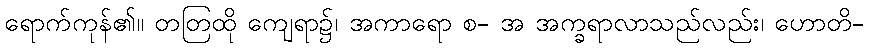
ရောက်ကုန်၏။ တတြထို ကျေရာ၌၊ အကာရော စ- အ အက္ခရာလာသည်လည်း၊ ဟောတိ-